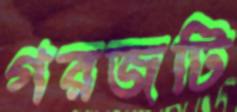
গরজটি